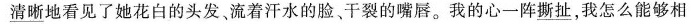
\underline{清晰}地看见了她花白的头发。流着汗水的脸、干裂的嘴唇。我的心一阵\underline{撕扯}，我怎么能够相